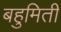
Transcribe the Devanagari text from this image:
बहुमिती